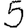
Digit: 5